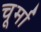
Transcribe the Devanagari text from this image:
चूर्मा